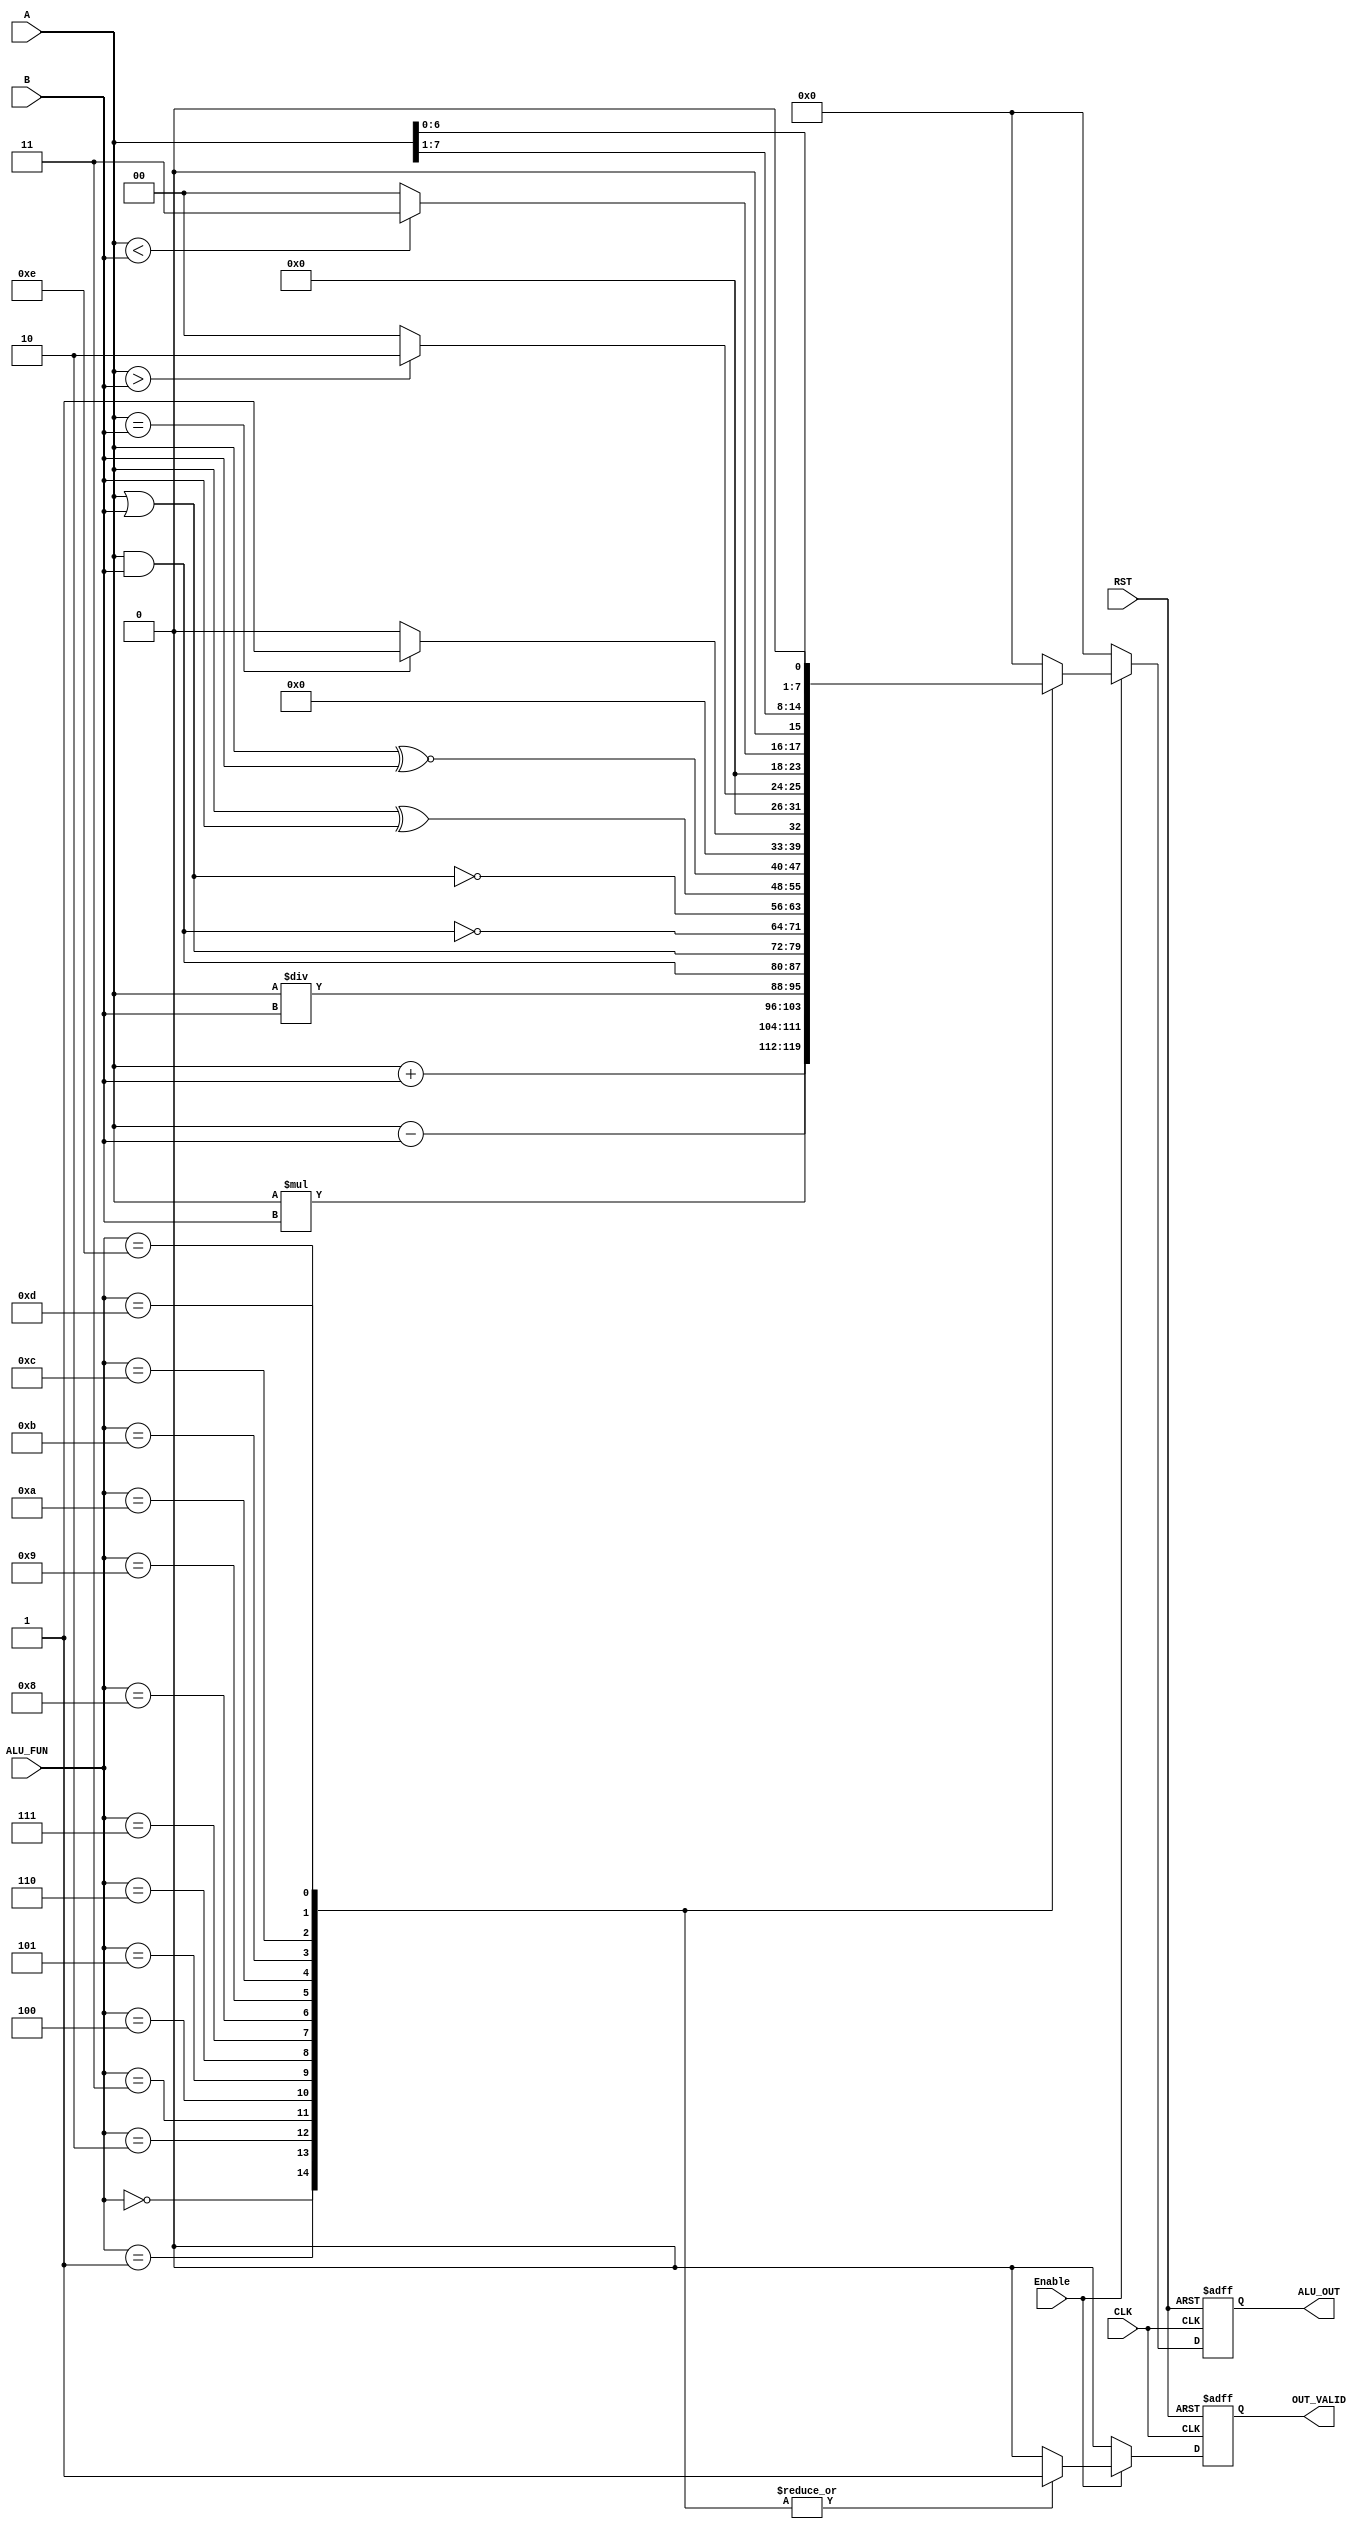
//////////////////////////////////////////////////////////////////////////////////////
//                                  Module Description                              //
// Module Name: ALU                                                                 // 
// ALU is the fundamental building block of the processor, which is responsible for // 
// carrying out the arithmetic, logic functions, Shift functions and Comparison     //
// functions. This is a 16-bit ALU that performs 16 different operations and carries//
// out some of the required flags as outputs.                                       //                                                                         
//////////////////////////////////////////////////////////////////////////////////////

module ALU 
  #(parameter Data_bus_width = 8, 
              ALU_FUNC_width = 4)
   (
   //-------------------------------Input Ports------------------------------------//
    input       wire       [Data_bus_width - 1:0]         A,B,
    input       wire       [ALU_FUNC_width - 1:0]         ALU_FUN,
    input       wire                                      Enable,
    input       wire                                      CLK,
    input       wire                                      RST,         // Active Low Asynchronous Reset 
   //-------------------------------Output Ports------------------------------------//
    output      reg        [Data_bus_width - 1:0]         ALU_OUT,
    output      reg                                       OUT_VALID                        
   );
   
   // Main Sequential Logic
    always @(posedge CLK or negedge RST)
      begin
        if (!RST)
          begin
            ALU_OUT   <=  'b0;
            OUT_VALID <= 1'b0;
          end
        else if (Enable == 1'b1)
          begin
            case (ALU_FUN)
              'b0000 : begin
                        ALU_OUT   <= A + B;
                        OUT_VALID <= 1'b1;
                       end
              'b0001 : begin
                        ALU_OUT   <= A - B;
                        OUT_VALID <= 1'b1;
                       end
              'b0010 : begin
                        ALU_OUT   <= A * B;
                        OUT_VALID <= 1'b1;
                       end
              'b0011 : begin
                        ALU_OUT   <= A / B;
                        OUT_VALID <= 1'b1;
                       end
              'b0100 : begin
                        ALU_OUT   <= A & B;
                        OUT_VALID <= 1'b1;
                       end
              'b0101 : begin
                        ALU_OUT   <= A | B;
                        OUT_VALID <= 1'b1;
                       end
              'b0110 : begin
                        ALU_OUT   <= ~(A & B);
                        OUT_VALID <= 1'b1;
                       end
              'b0111 : begin
                        ALU_OUT   <= ~(A | B);
                        OUT_VALID <= 1'b1;
                       end
              'b1000 : begin
                        ALU_OUT   <= A ^ B;
                        OUT_VALID <= 1'b1;
                       end
              'b1001 : begin
                        ALU_OUT   <= A ~^ B;
                        OUT_VALID <= 1'b1;
                       end
              'b1010 : begin
                        ALU_OUT   <= (A == B) ? 'd1 : 'b0;
                        OUT_VALID <= 1'b1;
                       end
              'b1011 : begin
                        ALU_OUT   <= (A > B)  ? 'd2 : 'b0;
                        OUT_VALID <= 1'b1;
                       end
              'b1100 : begin
                        ALU_OUT   <= (A < B)  ? 'd3 : 'b0;
                        OUT_VALID <= 1'b1;
                       end
              'b1101 : begin
                        ALU_OUT   <= A >> 1;
                        OUT_VALID <= 1'b1;
                       end
              'b1110 : begin
                        ALU_OUT   <= A << 1;
                        OUT_VALID <= 1'b1;
                       end
              default: begin
                        ALU_OUT   <=  'b0;
                        OUT_VALID <= 1'b0;
                       end
            endcase
          end
        else 
          begin
            ALU_OUT   <=  'b0;
            OUT_VALID <= 1'b0;
          end
      end
endmodule